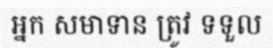
អ្នក សមាទាន ត្រូវ ទទួល